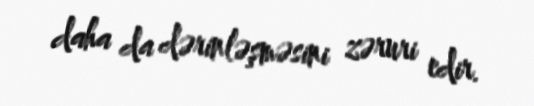
daha da dərinləşməsini zəruri edir.